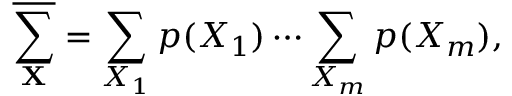
\overline { { \sum _ { \mathbf { X } } } } = \sum _ { X _ { 1 } } p ( X _ { 1 } ) \cdots \sum _ { X _ { m } } p ( X _ { m } ) ,